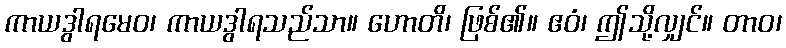
ကာယဒွါရမေဝ၊ ကာယဒွါရသည်သာ။ ဟောတိ၊ ဖြစ်၏။ ဧဝံ၊ ဤသို့လျှင်။ တာဝ၊